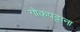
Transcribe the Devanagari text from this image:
गोकपट्टाना